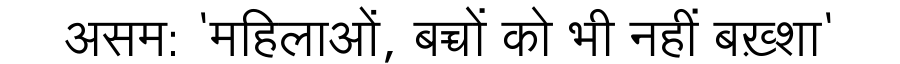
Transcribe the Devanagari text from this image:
असम: 'महिलाओं, बच्चों को भी नहीं बख़्शा'